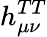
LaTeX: h_{\mu\nu}^{TT}